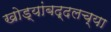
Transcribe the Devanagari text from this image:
खोड्यांबद्दलच्या